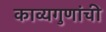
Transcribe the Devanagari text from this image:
काव्यगुणांची